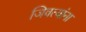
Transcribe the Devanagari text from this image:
जिवत्यांना